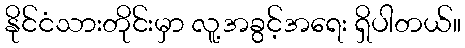
နိုင်ငံသားတိုင်းမှာ လူ့အခွင့်အရေး ရှိပါတယ်။